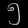
Digit: ၅